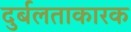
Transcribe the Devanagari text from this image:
दुर्बलताकारक